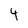
Character: 4